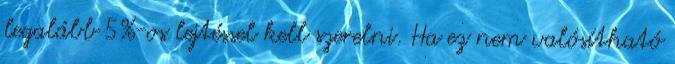
legalább 5%-os lejtéssel kell szerelni. Ha ez nem valósítható